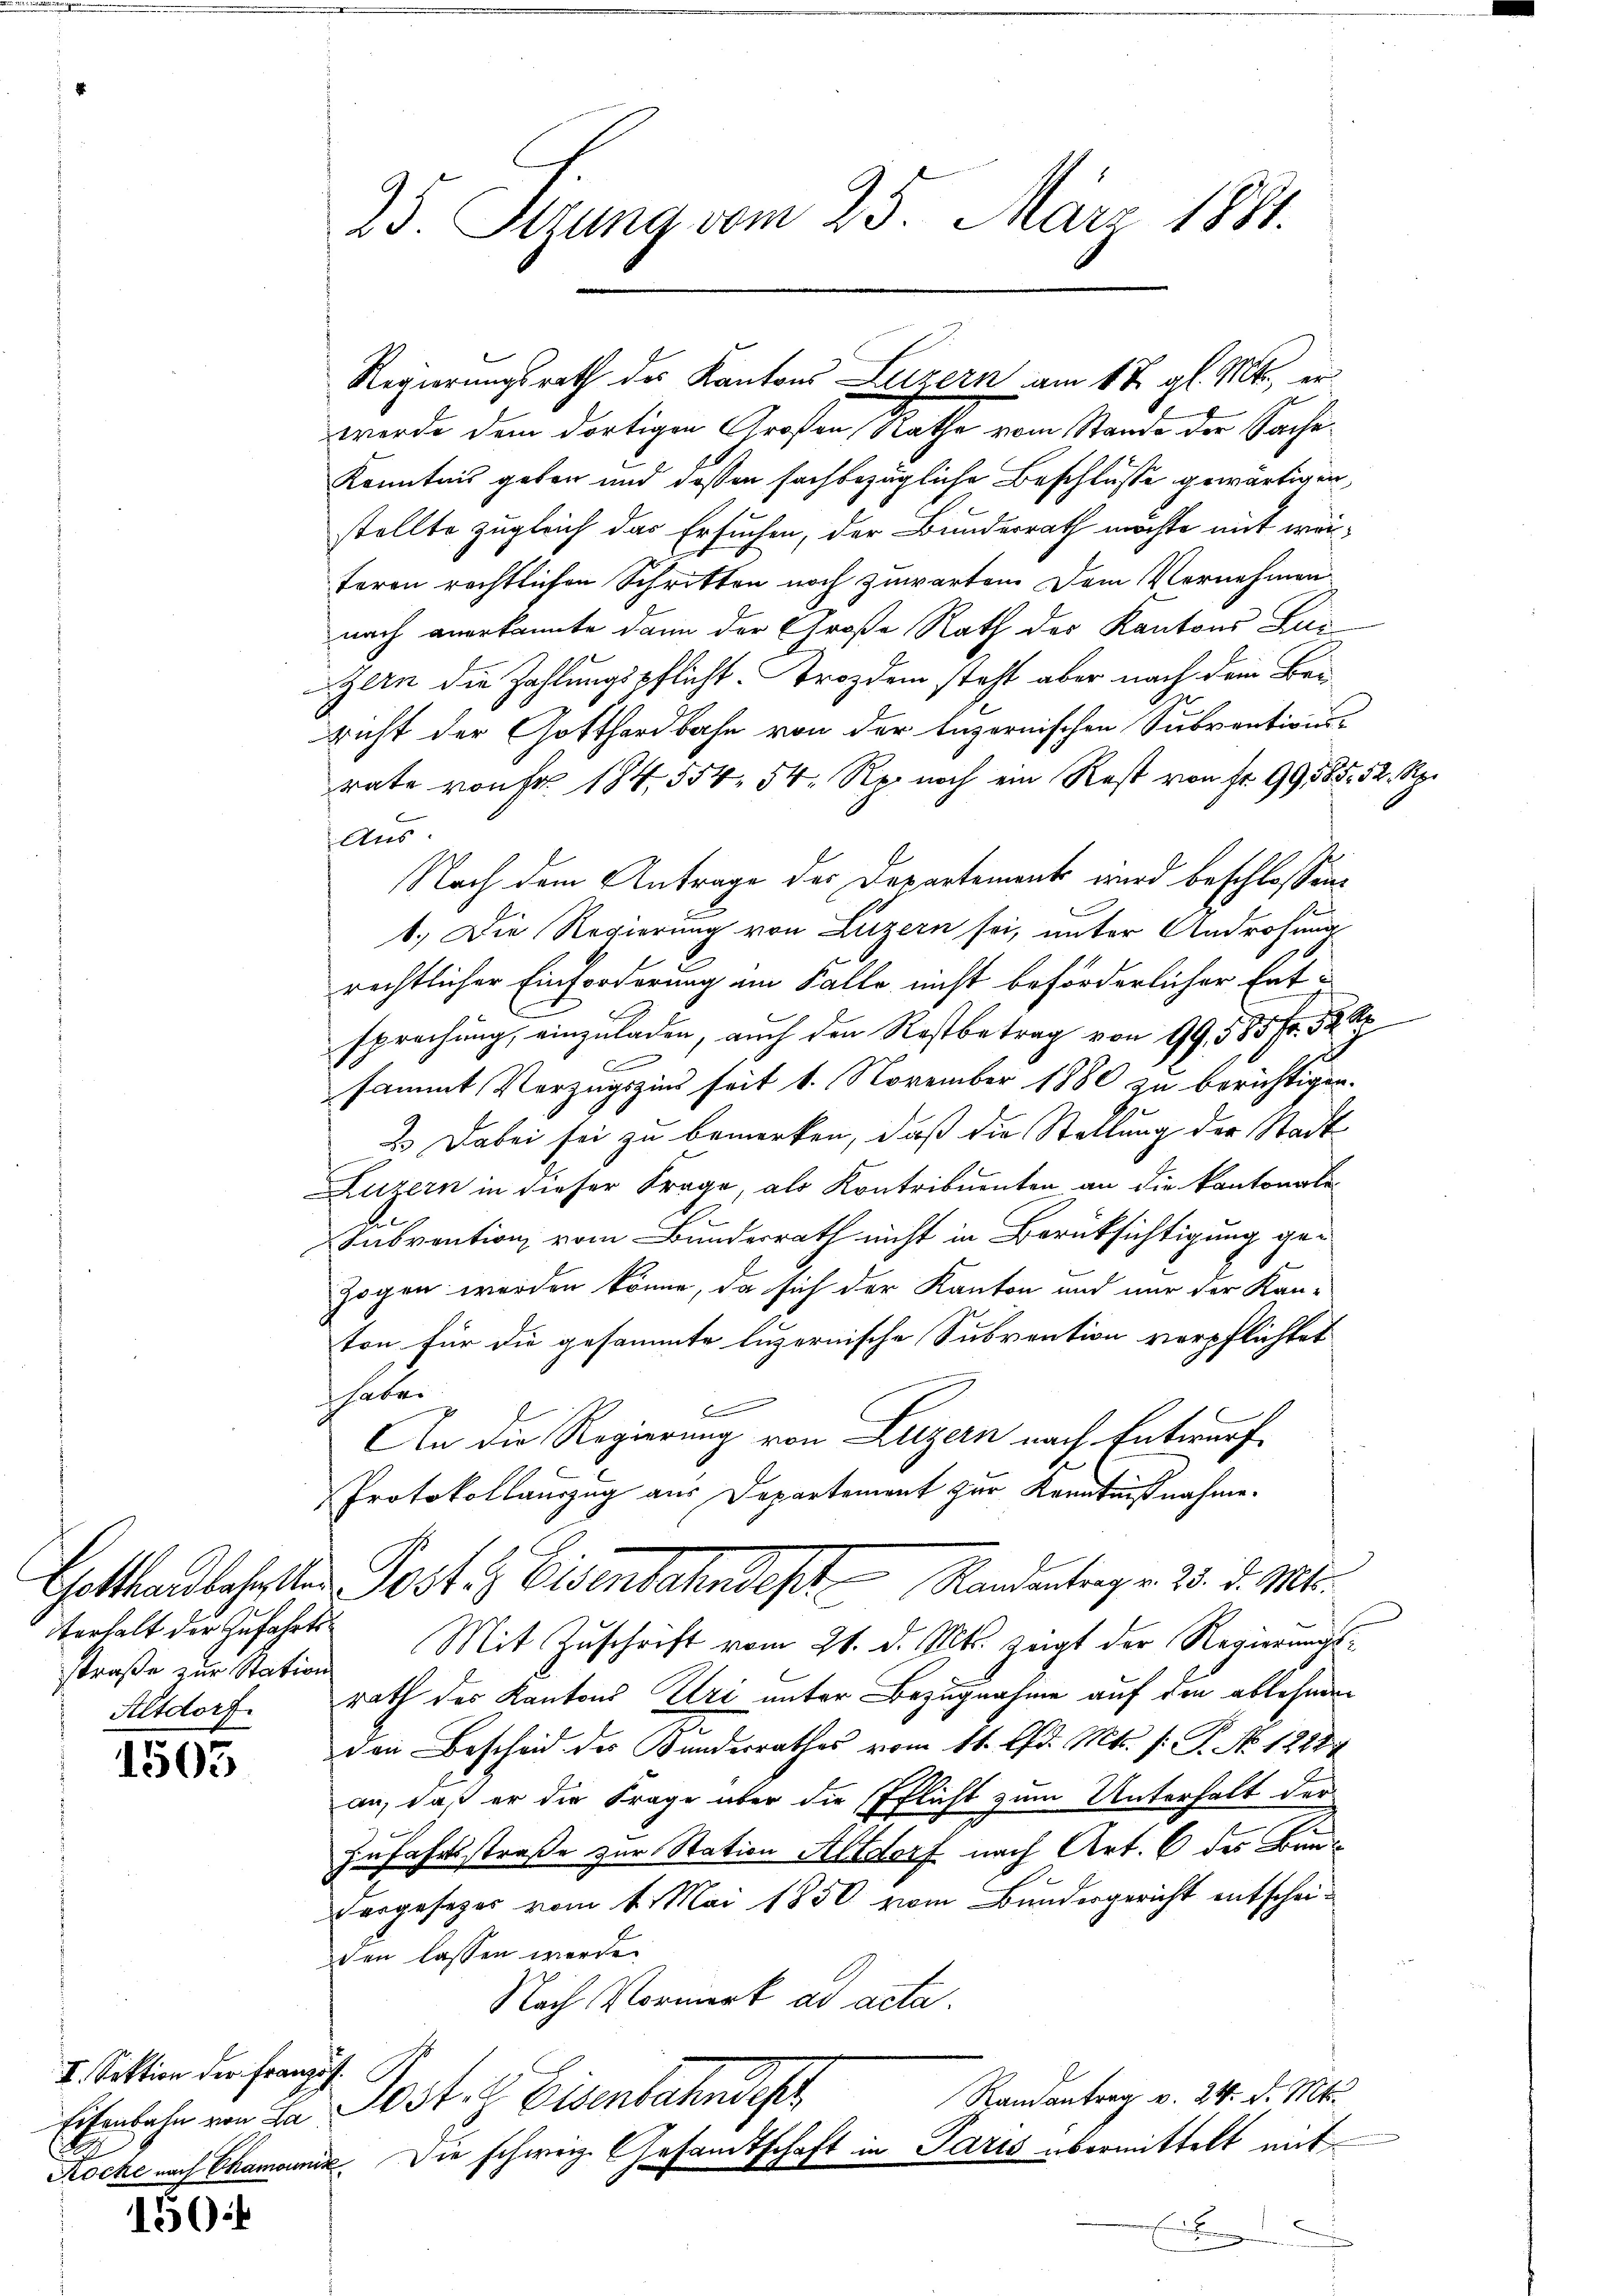
terhalt der Zufahrtsstraße zur Station
Altdorf.

1503

I. Sektion der Französ.

150

25. Stzung vom 25. März 1881.

werde dem dortigen Großen Rathe vom Stande der Sache¬
Kenntnis geben und dessen fachbezügliche Beschlüsse gewärtigen,
stellte zugleich das Ersuchen, der Bunderrath möchte mit werteren rechtlichen Schritten noch zuwarten. Dem Vernehmen
nach anerkannte dann der Große Rath der Kantons Zuc
Zern die Zahlungspflicht. Trozdem steht aber nach dem Bei
richt der Gotthardbahn von der Luzernischen Subventions-
rate von Fr. 184. 554. 54 Rp. noch ein Rest von Fr. 99585. 52 Rp.
Aus
Nach dem Antrage des Departement wird beschlossen,
1.) Die Regierung von Luzern sei, unter Androhung
rechtlicher Einforderung am Falle nicht beförderlicher Ent-
sprechung, einzuladen, auch den Restbetrag von 99, 585 Fr. 32
s
sammt Vorzugszins seit 1. November 1880 zu berichtigen.
 Dabei sei zu bemerken, daß die Stellung der Stadt¬
Luzern in dieser Frage, als Kontribuenten an die kantonale
Subvention vom Bunderrath nicht in Berüksichtigung gezogen werden könne, da sich der Kanton und nur der Kan-
ton für die gesammte luzernische Subvention verpflichtet
haben
f
An die Regierung von Luzern nach Entwurf
Protokollauszug aus Departement zur Kenntnißnahme.
Gotthardbahnsten Post es Eisenbahndest. Mandantragen 23. d. Mts.
Mit Zuschrift vom 21. d. Mts. zeigt der Regierungsrath des Kantons Uri unter Bezugnahme auf den ablehnen
den Bescheid des Bunderrathes vom 11. lfd. Mts. f. P. No 12187
an, daß er die Frage über die Pflicht zum Unterhalt der
Zufahrtsstraße zur Station Altdorf nach Art. 6 des Bau¬
.
Dargesezes vom 1. Mai 1850 vom Bundergericht entscheiden lassen werde.
Nach Vormerk ad acta.
Randantrag v. 24. d. Mts.
Eisenbahn von Hr. Post. I Eisenbahndep
Röcke nach Chamonik. Die schweiz. Gesandtschaft in Paris übermittelt mit¬
E
.

Regierungsrath des Kantons Luzern am 12. gl. Mts., er